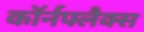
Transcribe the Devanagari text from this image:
कॉर्नफ्लैक्स